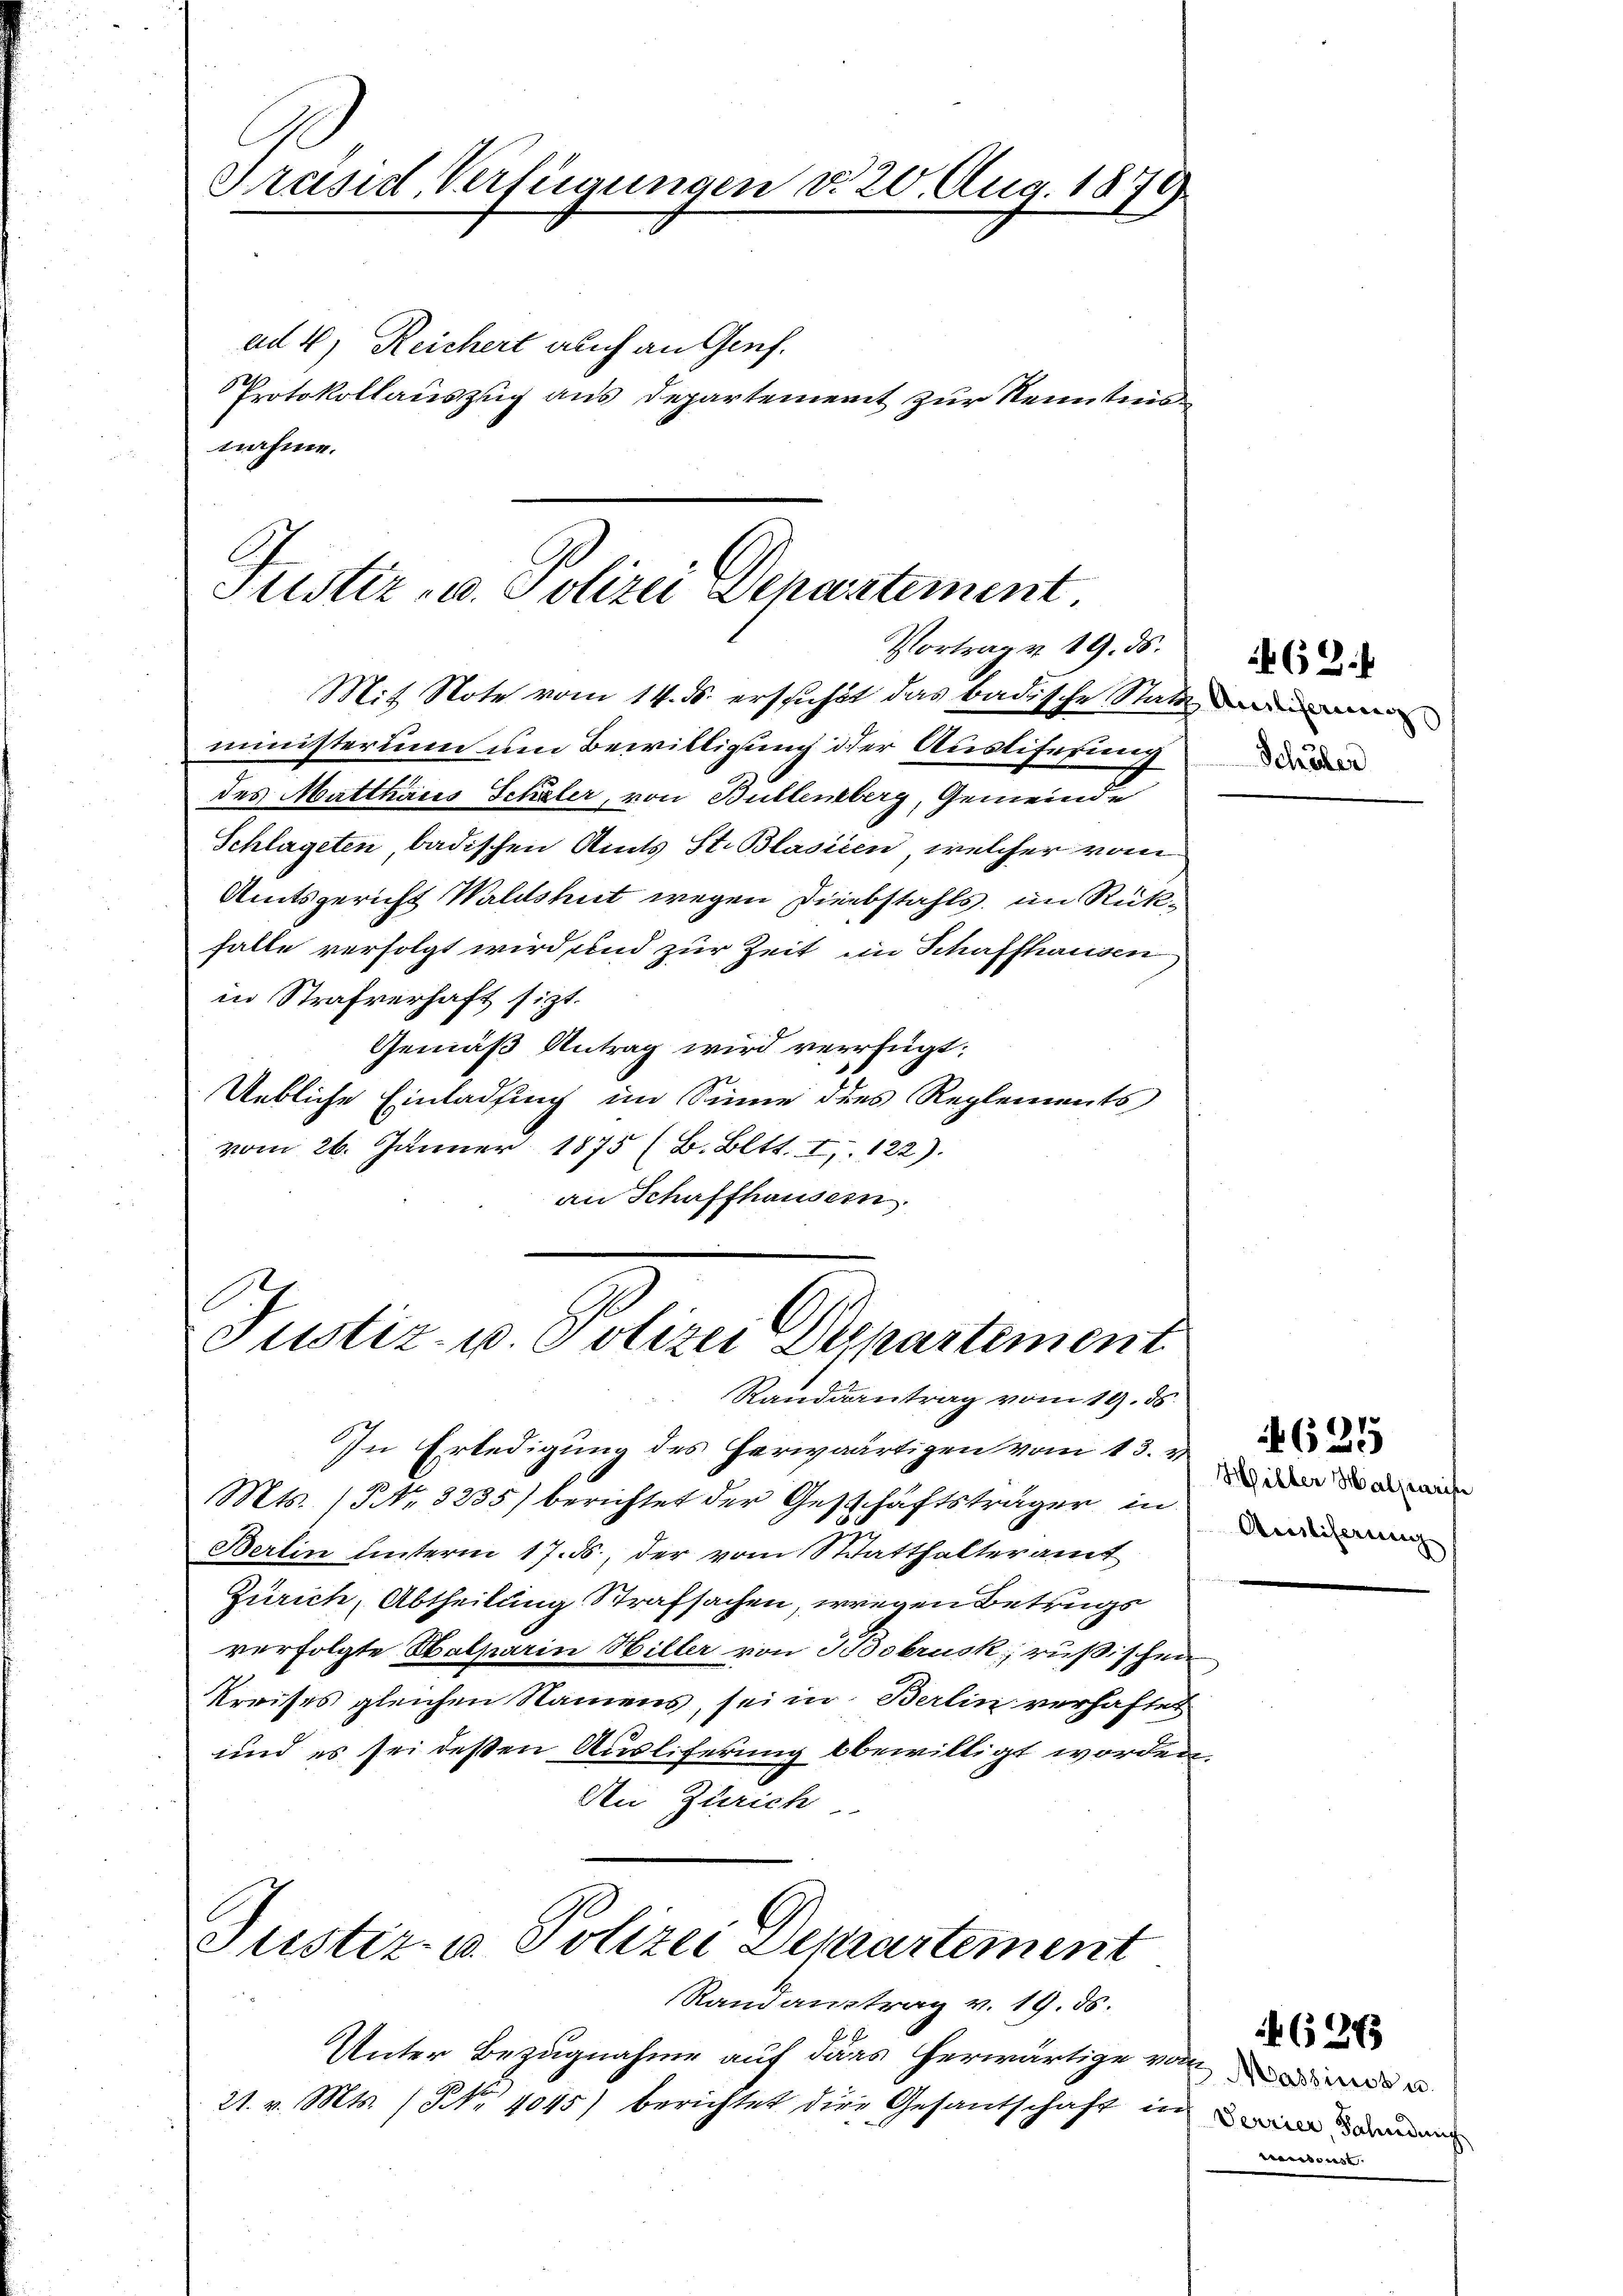
Präsid Verfügungen v. 20. Aug. 1873

ad 4, Reichert auch an Genf.
Protokollauszug aus Departement zur Kenntnis
nahme.

In Erledigung des herwärtigen vom 13. v.
Mts. (NNo. 3235) berichtet der Geschäftsträger in
Berlin unterm 17. ds., der vom Statthalteramt
Zürich, Abtheilung Strafsachen, wegen Betrugs
verfolgte Halparin Hiller von 3 Bobrusk, rußischen
kreises gleichen Namens, sei in Berlin verhaftet
und es sei deßen Ausliferung bewilligt worden.
An Zürich

Vortrag v. 19. ds.
Mit Note vom 14. ds. erstichst das badische Statt de
ministerium um Bewilligung der Ausliferung
des Matthaus Schäler, von Bullenberg, Gemeinde
Schlageten badischen Amts St. Blasien, welcher vom
Amtsgericht Waldshut wegen Diebstahls, im Rükfalle verfolgt wird und zur Zeit im Schaffhausen
in Strafverhaft sitzt.
Gemäß Antrag wird verfügt:
Uebliche Einladung im Sinne des Reglements
vom 26. Jänner 1875 (B. Bett. I. 122).
an Schaffhausern.

Justiz- u. Polizei Denartement

Justiz- u. Polizei Departement
Randsantrag vom 19. ds.

Justiz- u. Polizei Departement

Randaustrag v. 19. ds.
Unter Bezugnahme auf dass herwärtige von
21. v. Mts. (Nr. 4045) berichtet die Gesandschaft in in den

Schüler

62.

Hiller Halperin
Amsliserung

625

s

(26